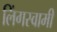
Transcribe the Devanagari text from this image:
लिंगस्वामी